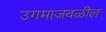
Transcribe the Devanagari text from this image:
उगमाजवळील